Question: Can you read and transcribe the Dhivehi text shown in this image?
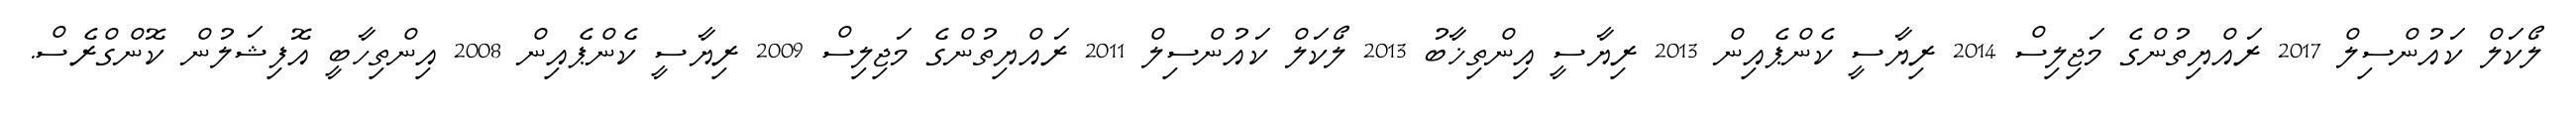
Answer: ލޯކަލް ކައުންސިލް 2017 ރައްޔިތުންގެ މަޖިލިސް 2014 ރިޔާސީ ކެންޕެއިން 2013 ރިޔާސީ އިންތިޚާބު 2013 ލޯކަލް ކައުންސިލް 2011 ރައްޔިތުންގެ މަޖިލިސް 2009 ރިޔާސީ ކެންޕެއިން 2008 އިންތިހާބީ އޮފިޝަލުން ކޮންގްރެސް.